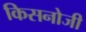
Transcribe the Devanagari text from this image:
किसनोजी